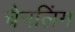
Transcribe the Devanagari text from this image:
चैनलिंग